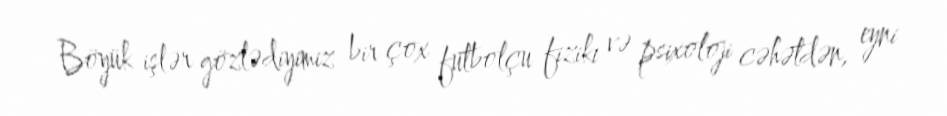
Böyük işlər gözlədiyimiz bir çox futbolçu fiziki və psixoloji cəhətdən, eyni